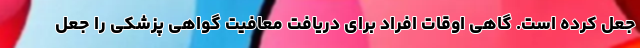
جعل کرده است. گاهی اوقات افراد برای دریافت معافیت گواهی پزشکی را جعل